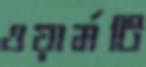
ওয়ার্মটি